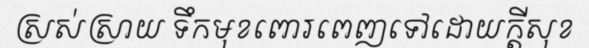
ស្រស់ស្រាយ ទឹកមុខពោរពេញទៅដោយក្តីសុខ